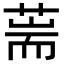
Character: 𦵓